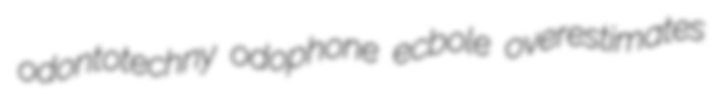
odontotechny odophone ecbole overestimates